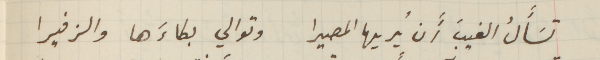
تسأَلُ الغيبَ أَن يُريها المصيرا وتوالي بكاءَها والزفيرا